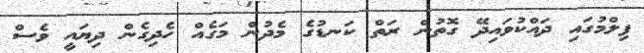
ފިލްމުގައި ދައްކުވައިދޭ ގޮތުން ރަތް ކަނޑުގެ މެދުން މަގެއް ހެދިގެން ދިޔައީ ވެސް